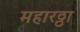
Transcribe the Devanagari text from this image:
महारठ्ठा